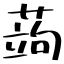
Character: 蒟